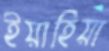
ইয়াহিয়া